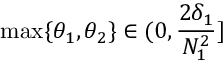
\operatorname* { m a x } \{ \theta _ { 1 } , \theta _ { 2 } \} \in ( 0 , \frac { 2 \delta _ { 1 } } { N _ { 1 } ^ { 2 } } ]